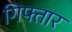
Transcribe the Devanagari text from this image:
गिफ्तार